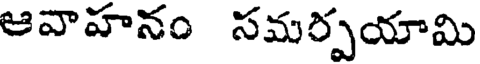
ఆవాహనం సమర్పయామి